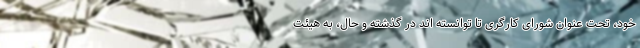
خود، تحت عنوان شورای کارگری تا توانسته اند در گذشته و حال، به هیئت